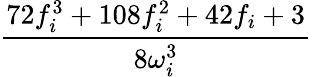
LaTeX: \frac{72f_{i}^{3}+108f_{i}^{2}+42f_{i}+3}{8\omega_{i}^{3}}